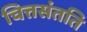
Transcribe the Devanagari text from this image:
चित्तसंतति